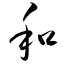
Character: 和